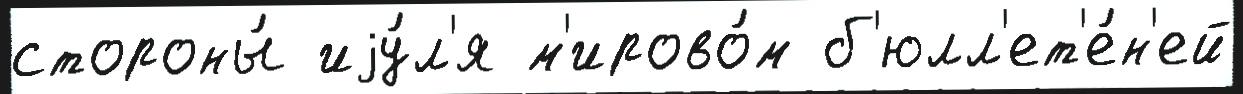
стороны́ иjу́л'я м'ирово́м б'юлл'ет'е́н'ей